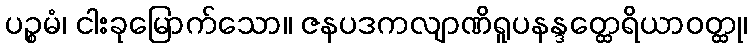
ပဉ္စမံ၊ ငါးခုမြောက်သော။ ဇနပဒကလျာဏိရူပနန္ဒတ္ထေရိယာဝတ္ထု၊